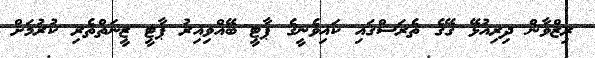
ރިޒްވާން ދިރިއުޅޭ ގޭގެ ތެރަސްގައި ކައިވެނީގެ ޕާޓީ ބޭއްވިއިރު ޕާޓީ ޒީނަތްތެރި ކުރުމަށް